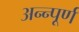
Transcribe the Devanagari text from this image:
अन्न्पूर्ण